Bombay plague: being a history of the progress of plague in the Bombay presidency from September 1896 to June 1899
Year: 1896
Disease focus: Plague
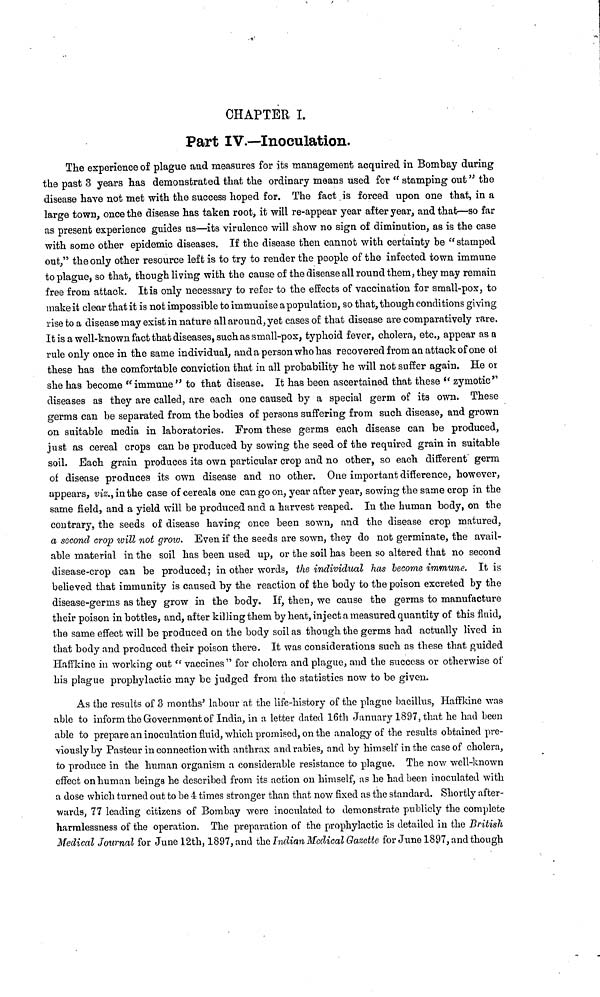
CHAPTER I.
Part IV.—Inoculation.
The experience of plague and measures for its management acquired in Bombay during
the past 3 years has demonstrated that the ordinary means used for " stamping out " the
disease have not met with the success hoped for. The fact is forced upon one that, in a
large town, once the disease has taken root, it will re-appear year after year, and that—so far
as present experience guides us—its virulence will show no sign of diminution, as is the case
with some other epidemic diseases. If the disease then cannot with certainty be " stamped
out," the only other resource left is to try to render the people of the infected town immune
to plague, so that, though living with the cause of the disease all round them, they may remain
free from attack. It is only necessary to refer to the effects of vaccination for small-pox, to
make it clear that it is not impossible to immunise a population, so that, though conditions giving
rise to a disease may exist in nature all around, yet cases of that disease are comparatively rare.
It is a well-known fact that diseases, such as small-pox, typhoid fever, cholera, etc., appear as a
rule only once in the same individual, and a person who has recovered from an attack of one of
these has the comfortable conviction that in all probability he will not suffer again. He or
she has become "immune" to that disease. It has been ascertained that these "zymotic"
diseases as they are called, are each one caused by a special germ of its own. These
germs can be separated from the bodies of persons suffering from such disease, and grown
on suitable media in laboratories. From these germs each disease can be produced,
just as cereal crops can be produced by sowing the seed of the required grain in suitable
soil. Each grain produces its own particular crop and no other, so each different germ
of disease produces its own disease and no other. One important difference, however,
appears, viz., in the case of cereals one can go on, year after year, sowing the same crop in the
same field, and a yield will be produced and a harvest reaped. In the human body, on the
contrary, the seeds of disease having once been sown, and the disease crop matured,
a second crop will not grow. Even if the seeds are sown, they do not germinate, the avail-
able material in the soil has been used up, or the soil has been so altered that no second
disease-crop can be produced; in other words, the individual has become immune. It is
believed that immunity is caused by the reaction of the body to the poison excreted by the
disease-germs as they grow in the body. If, then, we cause the germs to manufacture
their poison in bottles, and, after killing them by heat, inject a measured quantity of this fluid,
the same effect will be produced on the body soil as though the germs had actually lived in
that body and produced their poison there. It was considerations such as these that guided
Haffkino in working out " vaccines " for cholera and plague, and the success or otherwise of
his plague prophylactic may be judged from the statistics now to be given.
As the results of 3 months' labour at the life-history of the plague bacillus, Haffkine was
able to inform the Government of India, in a letter dated 16th January 1897, that he had been
able to prepare an inoculation fluid, which promised, on the analogy of the results obtained pre-
viously by Pasteur in connection with anthrax and rabies, and by himself in the case of cholera,
to produce in the human organism a considerable resistance to plague. The now well-known
effect on human beings he described from its action on himself, as he had been inoculated with
a dose which turned out to be 4 times stronger than that now fixed as the standard. Shortly after-
wards, 77 leading citizens of Bombay were inoculated to demonstrate publicly the complete
harmlessness of the operation. The preparation of the prophylactic is detailed in the British
Medical Journal for June 12th, 1897, and the Indian Medical Gazette for June 1897, and though